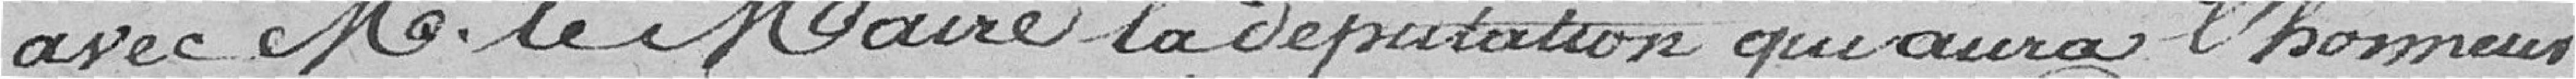
avec Monsieur le maire la députation qui aura l'honneur